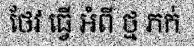
ថែវ ធ្វើ អំពី ថ្ម ភក់